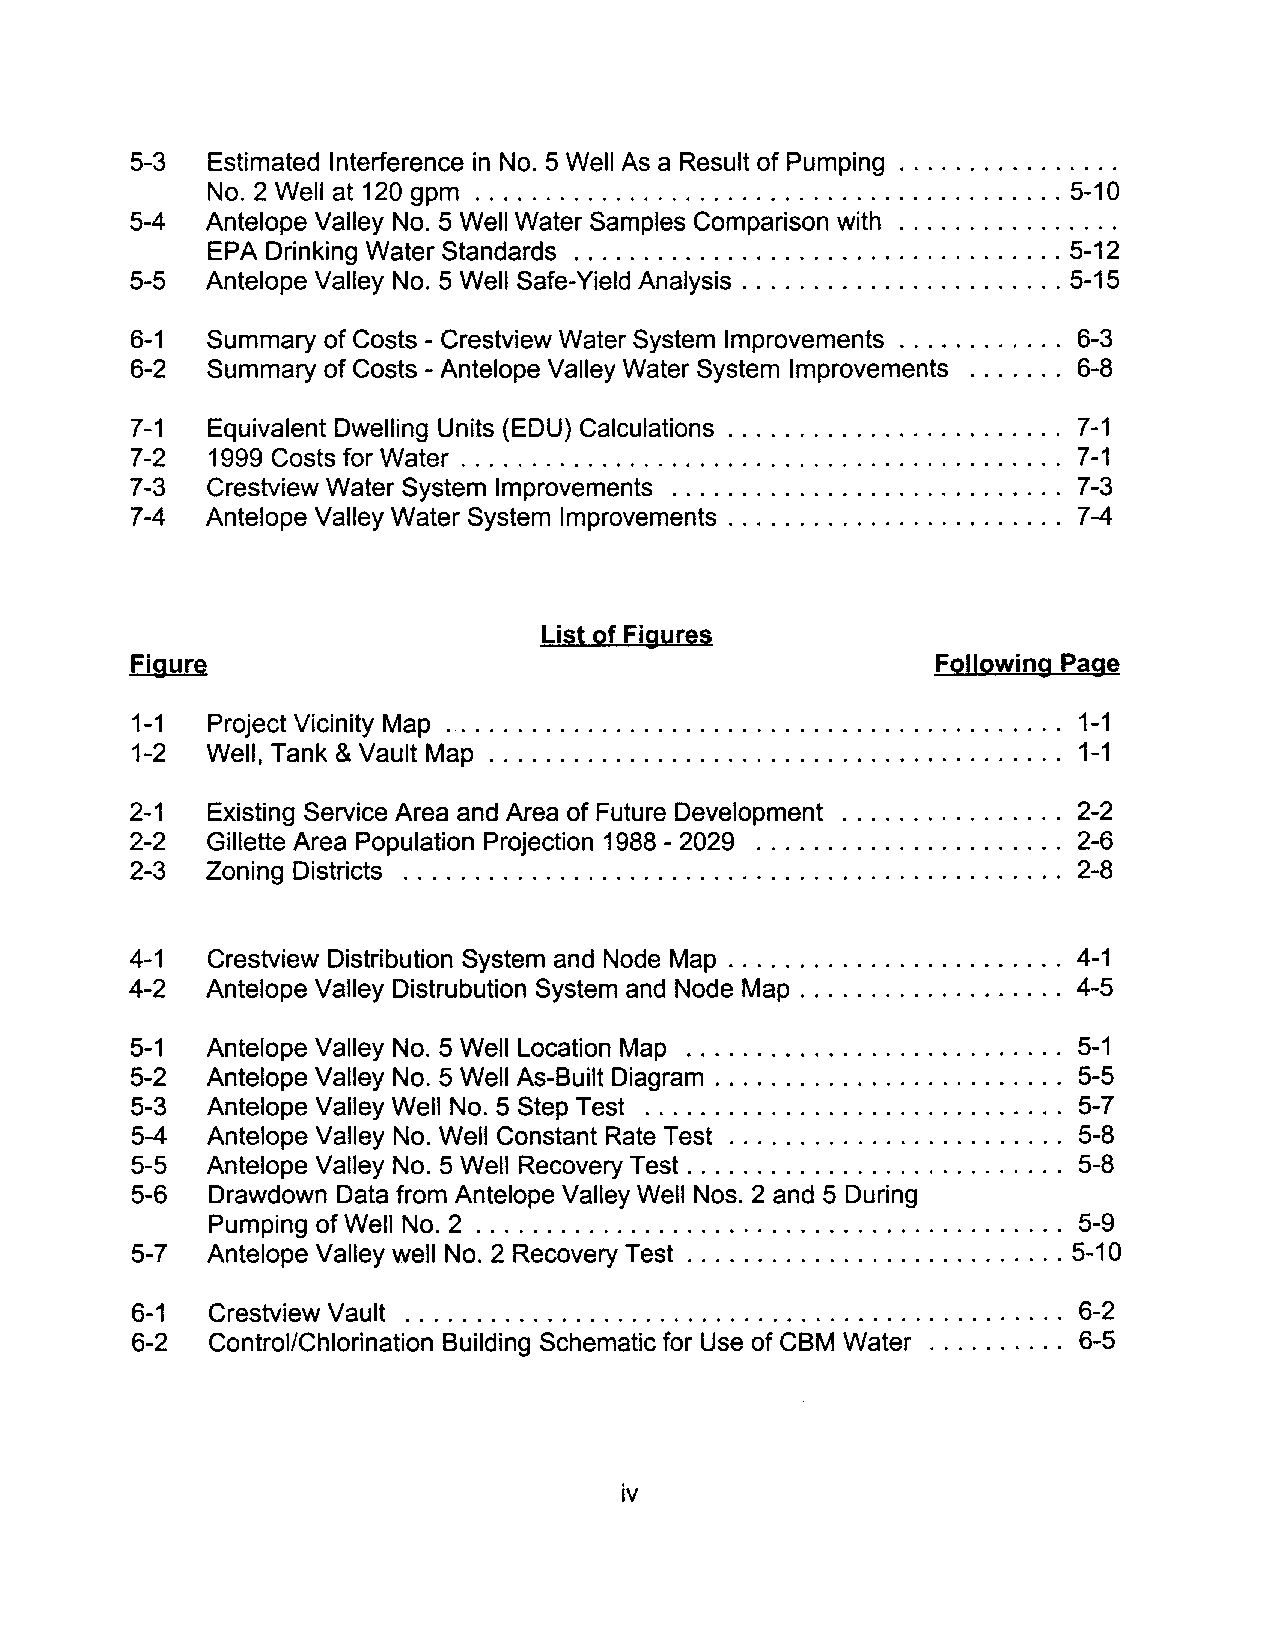
5-3  Estimated Interference in No.5 Well As a Result of Pumping ............... .
 No.2 Well at 120 gpm .......................................... 5-10
 5-4  Antelope Valley NO.5 Well Water Samples Comparison with ............... .
 EPA Drinking Water Standards ................................... 5-12
 5-5  Antelope Valley NO.5 Well Safe-Yield Analysis ....................... 5-15
 6-1  Summary of Costs - Crestview Water System Improvements ............ 6-3
 6-2  Summary of Costs - Antelope Valley Water System Improvements ....... 6-8
 7-1  Equivalent Dwelling Units (EDU) Calculations ........................ 7-1
 7- 2 1999 Costs for Water . . . . . . . . . . . . . . . . . . . . . . . . . . . . . . . . . . . . . . . . . .. 7-1
 7-3  Crestview Water System Improvements ............................ 7-3
 7- 4 Antelope Valley Water System Improvements . . . . . . . . . . . . . . . . . . . . . . .. 7-4
 List of Figures
 Figure                                               Following Page
 1-1  Project Vicinity Map ............................................ 1-1
 1-2  Well, Tank & Vault Map ......................................... 1-1
 2-1  Existing Service Area and Area of Future Development ................ 2-2
 2-2  Gillette Area Population Projection 1988 - 2029 ...................... 2-6
 2-3  Zoning Districts ............................................... 2-8
 4-1  Crestview Distribution System and Node Map . . . . . . . . . . . . . . . . . . . . . . .. 4-1
 4-2  Antelope Valley Distrubution System and Node Map. . . . . . . . . . . . . . . . . .. 4-5
 5-1  Antelope Valley NO.5 Well Location Map ........................... 5-1
 5-2  Antelope Valley NO.5 Well As-Built Diagram . . . . . . . . . . . . . . . . . . . . . . . .. 5-5
 5-3  Antelope Valley Well NO.5 Step Test .............................. 5-7
 5-4  Antelope Valley No. Well Constant Rate Test ........................ 5-8
 5-5  Antelope Valley NO.5 Well Recovery Test ........................... 5-8
 5-6  Drawdown Data from Antelope Valley Well Nos. 2 and 5 During
 Pumping of Well NO.2. . . . . . . . . . . . . . . . . . . . . . . . . . . . . . . . . . . . . . . . .. 5-9
 5-7  Antelope Valley well No.2 Recovery Test ........................... 5-10
 6-1  Crestview Vault ............................................... 6-2
 6-2  Control/Chlorination Building Schematic for Use of CBM Water .......... 6-5
 iv